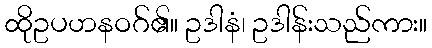
ထိုဥပဟနဝဂ်၏။ ဥဒါနံ၊ ဥဒါန်းသည်ကား။